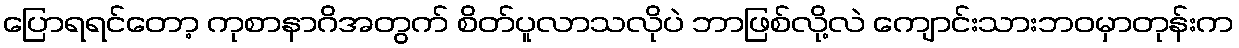
ပြောရရင်တော့ ကုစာနာဂိအတွက် စိတ်ပူလာသလိုပဲ ဘာဖြစ်လို့လဲ ကျောင်းသားဘဝမှာတုန်းက